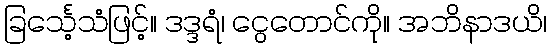
ခြင်္သေ့သံဖြင့်။ ဒဒ္ဒရံ၊ ငွေတောင်ကို။ အဘိနာဒယိ၊